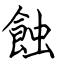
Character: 蝕